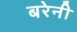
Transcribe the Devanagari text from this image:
बरेनी